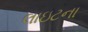
લાઇટના